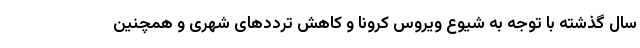
سال گذشته با توجه به شیوع ویروس کرونا و کاهش ترددهای شهری و همچنین